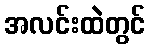
အလင်းထဲတွင်